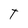
Character: T